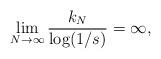
LaTeX: \begin{align*}\lim_{N \rightarrow \infty} \frac{k_N}{\log (1/s)} = \infty,\end{align*}